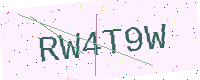
Text: RW4T9W